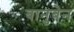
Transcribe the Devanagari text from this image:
बानुबेन